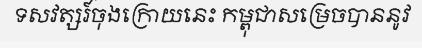
ទសវត្សរ៍ចុងក្រោយនេះ កម្ពុជាសម្រេចបាននូវ